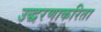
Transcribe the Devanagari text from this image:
उद्धरणाकरिता